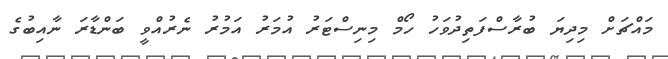
މައްޗަށް މިދިޔަ ބުރާސްފަތިދުވަހު ހޯމް މިނިސްޓަރު އުމަރު އަމުރު ނެރުއްވީ ބަންޑާރަ ނާއިބުގެ